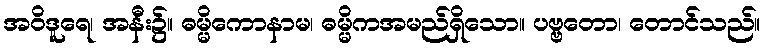
အဝိဒူရေ၊ အနီး၌။ ဓမ္မိကောနာမ၊ ဓမ္မိကအမည်ရှိသော။ ပဗ္ဗတော၊ တောင်သည်။